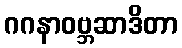
ဂဂနာဝဗ္ဘဆာဒိတာ